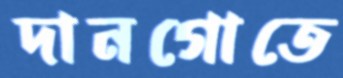
দানগোতে